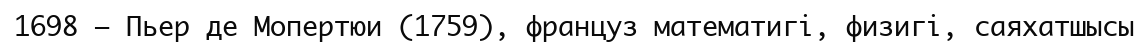
1698 — Пьер де Мопертюи (1759), француз математигі, физигі, саяхатшысы